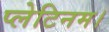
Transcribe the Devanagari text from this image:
प्लेटिनम।